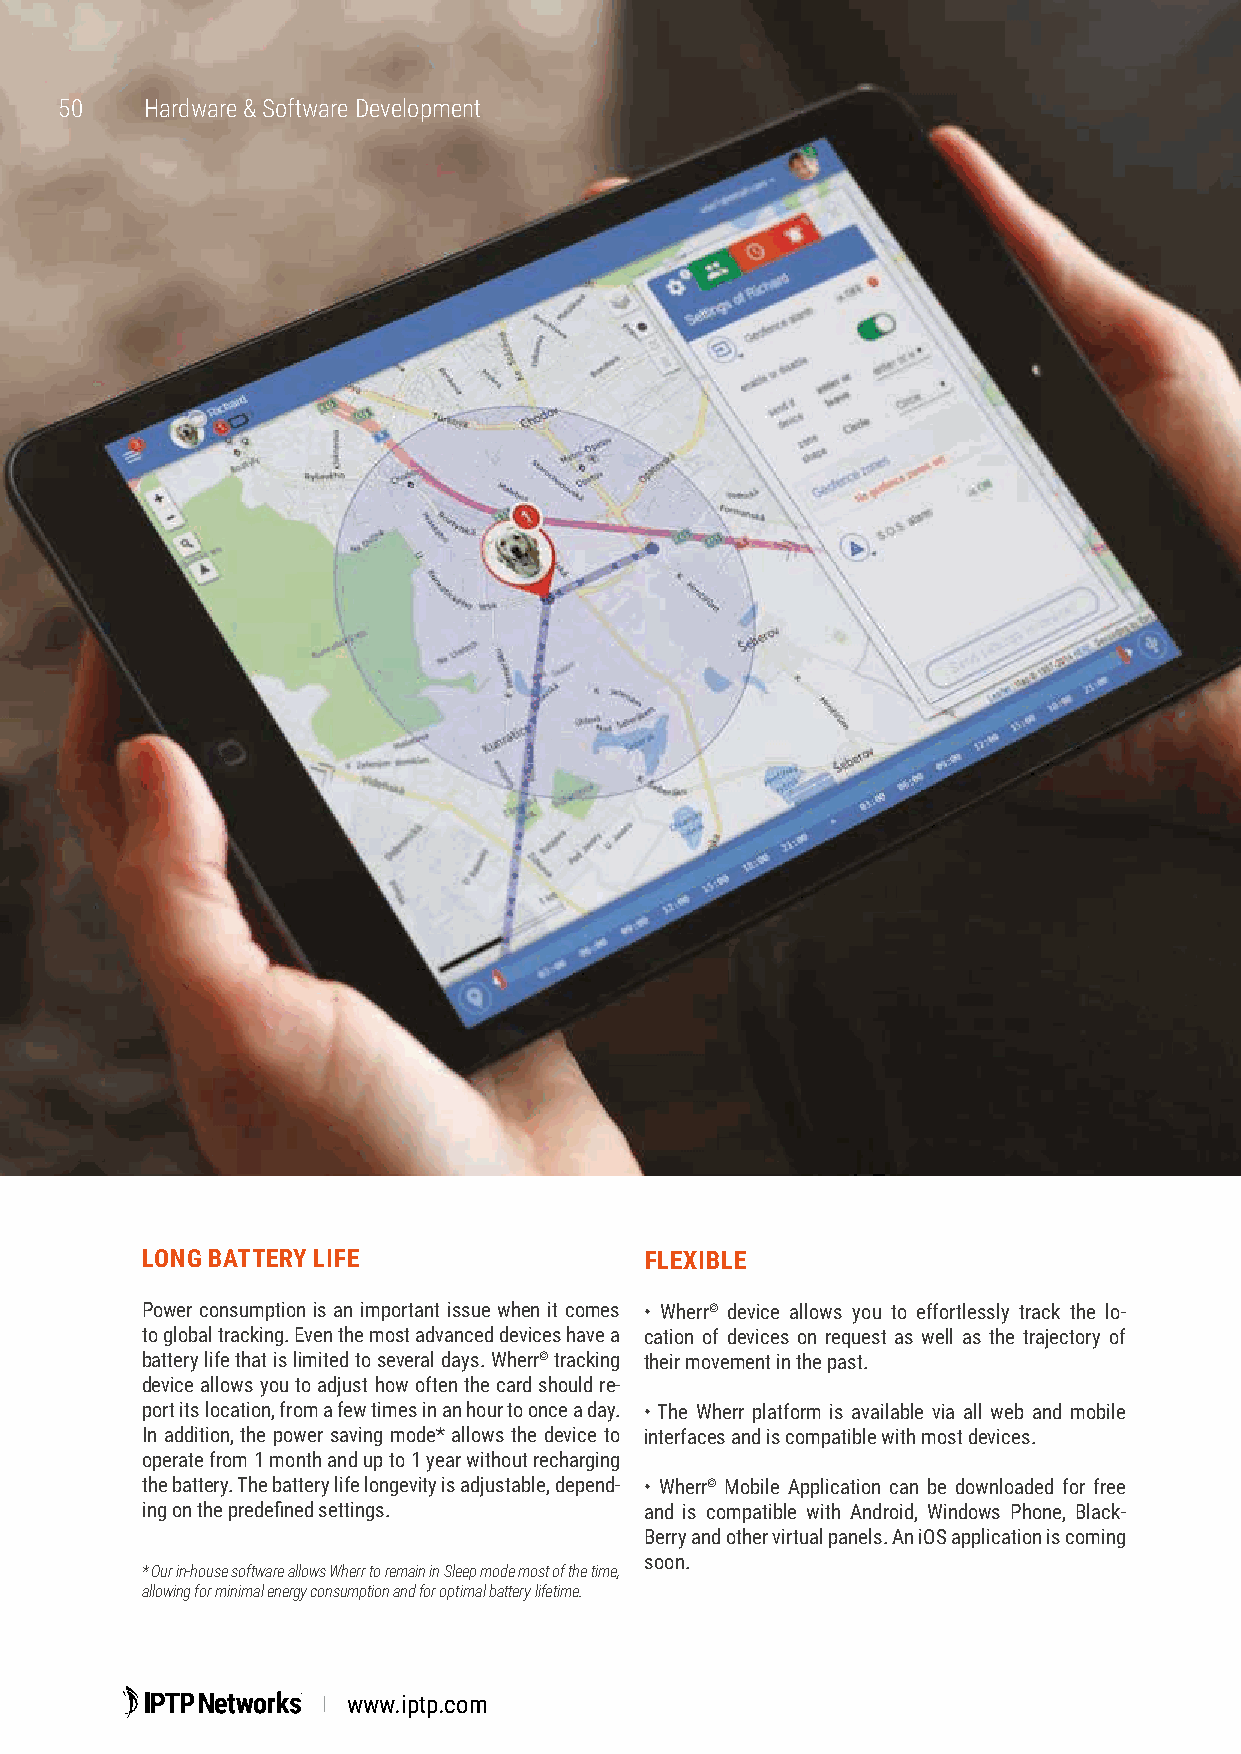
5500  Hardware & Software Development
 LONG BATTERY LIFE                 FLEXIBLE
 Power consumption is an important issue when it comes • Wherr© device allows you to effortlessly track the lo-
 to global tracking. Even the most advanced devices have a cation of devices on request as well as the trajectory of
 battery life that is limited to several days. Wherr© tracking their movement in the past.
 device allows you to adjust how often the card should re-
 port its location, from a few times in an hour to once a day. • The Wherr platform is available via all web and mobile
 In addition, the power saving mode* allows the device to interfaces and is compatible with most devices.
 operate from 1 month and up to 1 year without recharging
 the battery. The battery life longevity is adjustable, depend- • Wherr© Mobile Application can be downloaded for free
 ing on the predefined settings.   and is compatible with Android, Windows Phone, Black-
 Berry and other virtual panels. An iOS application is coming
 soon.
 * Our in-house software allows Wherr to remain in Sleep mode most of the time,
 allowing for minimal energy consumption and for optimal battery lifetime.
 www.iptp.com